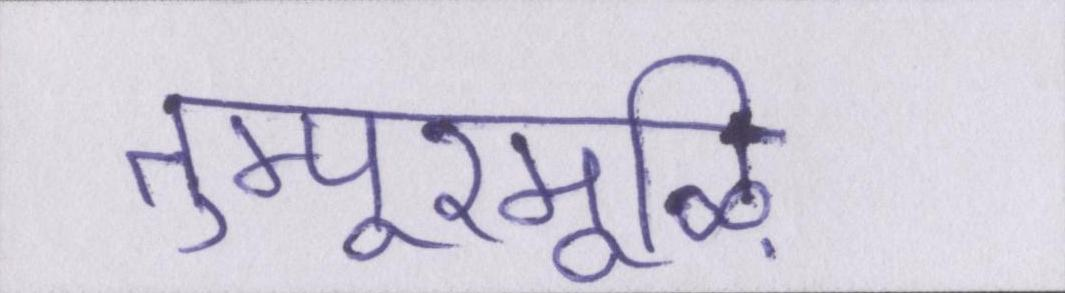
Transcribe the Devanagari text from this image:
तुम्पूरमूऴि